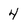
Character: 4